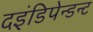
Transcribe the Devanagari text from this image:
दइंडिपेन्डन्ट